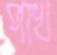
পাখ